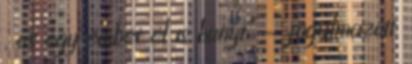
, és egy ember el is hunyt" - fogalmazott.